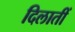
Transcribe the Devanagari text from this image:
दिलातीं